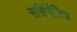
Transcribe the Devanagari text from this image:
सर्सिनैलिस